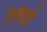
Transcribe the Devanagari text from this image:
लिशे